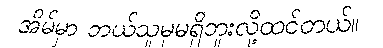
အိမ်မှာ ဘယ်သူမှမရှိဘူးလို့ထင်တယ်။